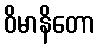
ဝိမာနိတော